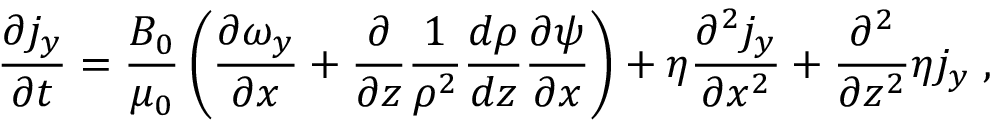
\frac { \partial j _ { y } } { \partial t } = \frac { B _ { 0 } } { \mu _ { 0 } } \left( \frac { \partial \omega _ { y } } { \partial x } + \frac { \partial } { \partial z } \frac { 1 } { \rho ^ { 2 } } \frac { d \rho } { d z } \frac { \partial \psi } { \partial x } \right) + \eta \frac { \partial ^ { 2 } j _ { y } } { \partial x ^ { 2 } } + \frac { \partial ^ { 2 } } { \partial z ^ { 2 } } \eta j _ { y } \; ,